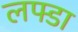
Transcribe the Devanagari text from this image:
लफ्डा